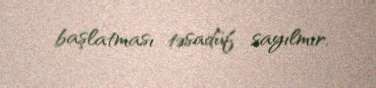
başlatması təsadüf sayılmır.